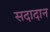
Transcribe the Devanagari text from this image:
सदादान